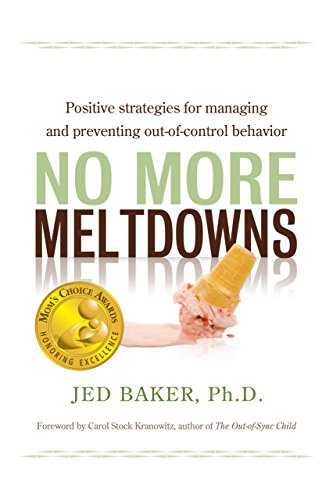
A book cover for No More Meltdowns: Positive Strategies for Managing and Preventing Out-Of-Control Behavior; Jed Baker; Parenting & Relationships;